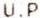
U.P